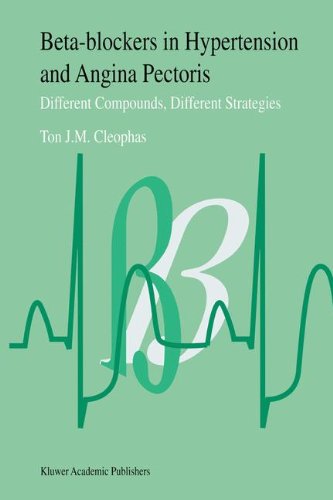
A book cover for Beta-Blockers in Hypertension and Angina Pectoris: Different Compounds, Different Strategies; Ton J eophas; Medical Books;